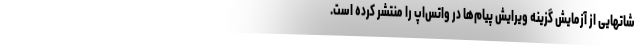
شاتهایی از آزمایش گزینه ویرایش پیام‌ها در واتس‌اپ را منتشر کرده است.